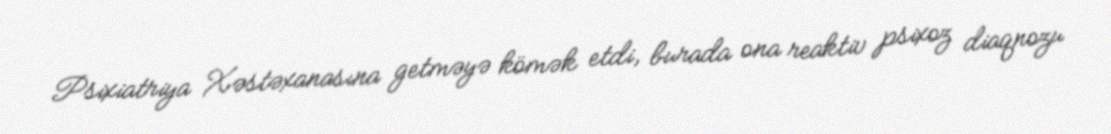
Psixiatriya Xəstəxanasına getməyə kömək etdi, burada ona reaktiv psixoz diaqnozu